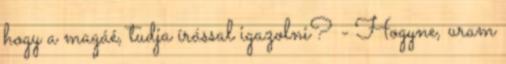
hogy a magáé, tudja írással igazolni? - Hogyne, uram